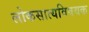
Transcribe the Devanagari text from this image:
लोकसात्यविषयक